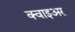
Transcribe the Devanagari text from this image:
क्वाइअर